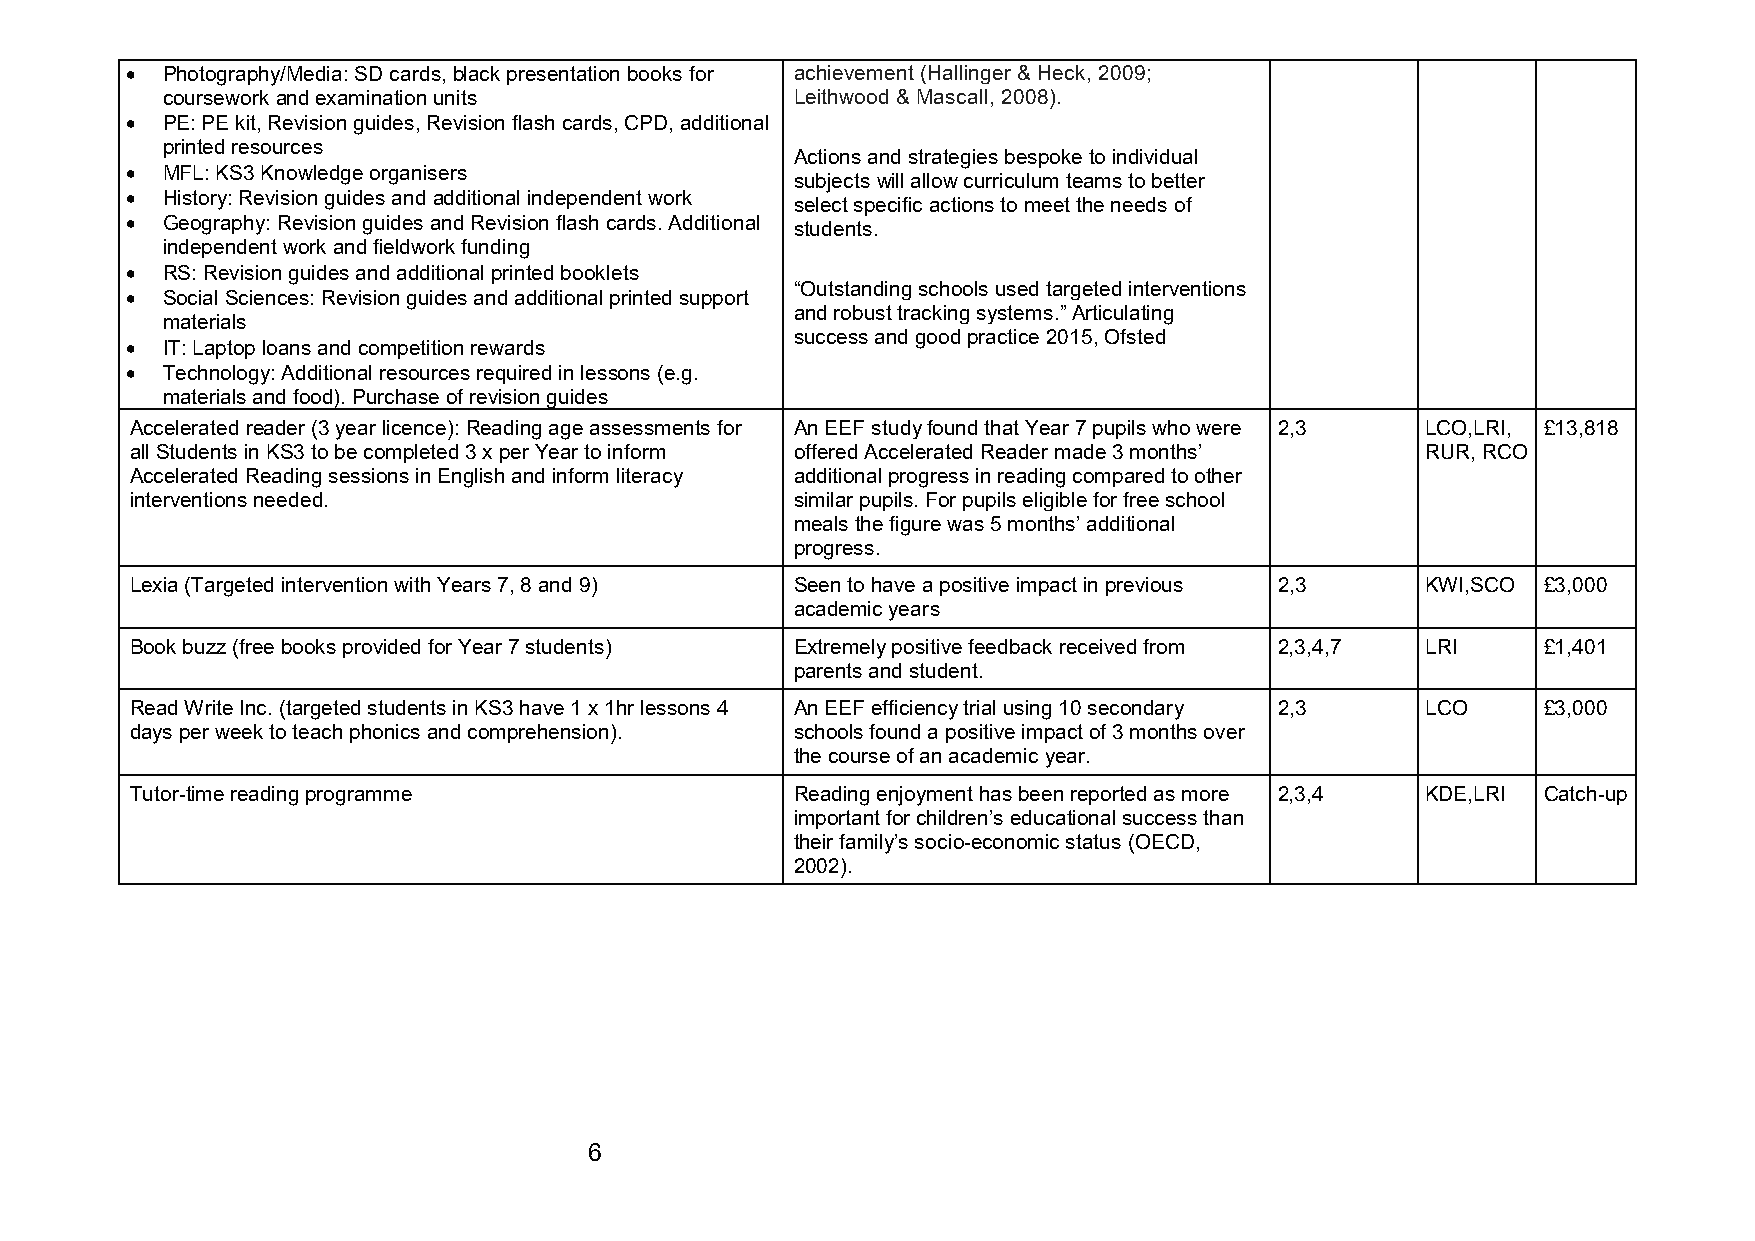
•  Photography/Media: SD cards, black presentation books for achievement (Hallinger & Heck, 2009;
 coursework and examination units          Leithwood & Mascall, 2008).
 •  PE: PE kit, Revision guides, Revision flash cards, CPD, additional
 printed resources
 Actions and strategies bespoke to individual
 •  MFL: KS3 Knowledge organisers
 subjects will allow curriculum teams to better
 •  History: Revision guides and additional independent work
 select specific actions to meet the needs of
 •  Geography: Revision guides and Revision flash cards. Additional students.
 independent work and fieldwork funding
 •  RS: Revision guides and additional printed booklets
 “Outstanding schools used targeted interventions
 •  Social Sciences: Revision guides and additional printed support
 and robust tracking systems.” Articulating
 materials
 success and good practice 2015, Ofsted
 •  IT: Laptop loans and competition rewards
 •  Technology: Additional resources required in lessons (e.g.
 materials and food). Purchase of revision guides
 Accelerated reader (3 year licence): Reading age assessments for An EEF study found that Year 7 pupils who were 2,3 LCO,LRI, £13,818
 all Students in KS3 to be completed 3 x per Year to inform offered Accelerated Reader made 3 months’ RUR, RCO
 Accelerated Reading sessions in English and inform literacy additional progress in reading compared to other
 interventions needed.                       similar pupils. For pupils eligible for free school
 meals the figure was 5 months’ additional
 progress.
 Lexia (Targeted intervention with Years 7, 8 and 9) Seen to have a positive impact in previous 2,3 KWI,SCO £3,000
 academic years
 Book buzz (free books provided for Year 7 students) Extremely positive feedback received from 2,3,4,7 LRI £1,401
 parents and student.
 Read Write Inc. (targeted students in KS3 have 1 x 1hr lessons 4 An EEF efficiency trial using 10 secondary 2,3 LCO £3,000
 days per week to teach phonics and comprehension). schools found a positive impact of 3 months over
 the course of an academic year.
 Tutor-time reading programme                Reading enjoyment has been reported as more 2,3,4 KDE,LRI Catch-up
 important for children’s educational success than
 their family’s socio-economic status (OECD,
 2002).
 6